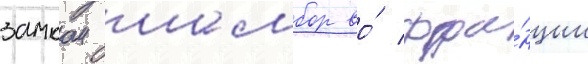
замком шамбор во́ фра́нции